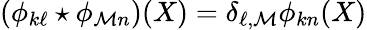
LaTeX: \left(\phi_{k\ell}\star\phi_{\mathcal{M}n}\right)(X)=\delta_{\ell,\mathcal{M}}\phi_{kn}(X)